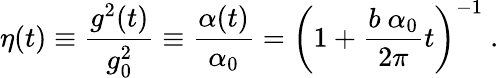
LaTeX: \eta(t)\equiv{\frac{g^{2}(t)}{g_{0}^{2}}}\equiv{\frac{\alpha(t)}{\alpha_{0}}}=\left(1+{\frac{b~\alpha_{0}}{2\pi}}t\right)^{-1}~.